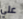
علي